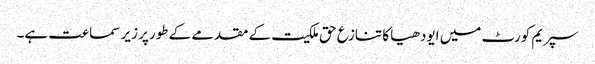
سپریم کورٹ میں ایودھیا کا تنازع حق ملکیت کے مقدمے کے طورپر زیر سماعت ہے۔